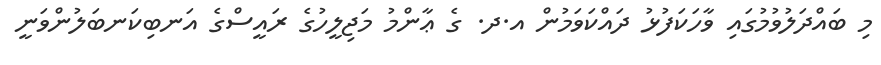
މި ބައްދަލުވުމުގައި ވާހަކަފުޅު ދައްކަވަމުން އ.ދ. ގެ ޢާންމު މަޖިލީހުގެ ރައީސްގެ އަނބިކަނބަލުންވަނީ